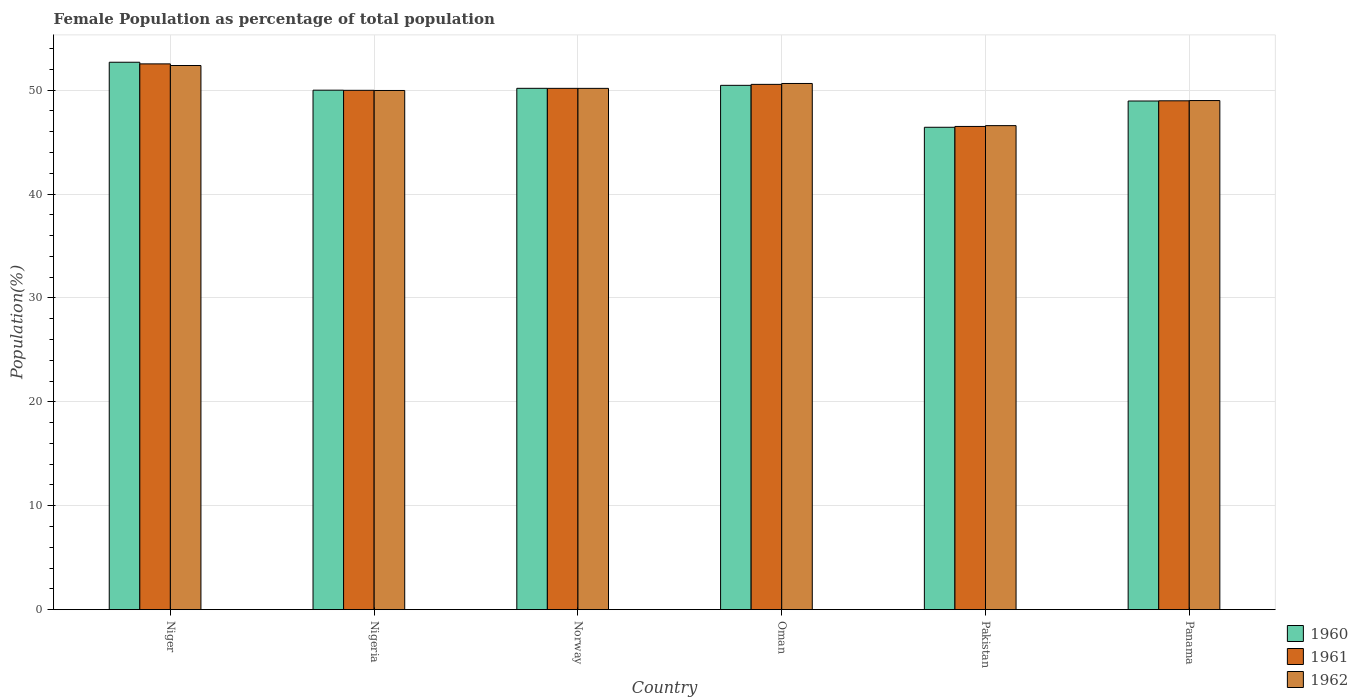
| Country | 1960 | 1961 | 1962 |
 | --- | --- | --- | --- |
 | Niger | 52.7 | 52.5 | 52.4 |
 | Nigeria | 50 | 50 | 50 |
 | Norway | 50.2 | 50.2 | 50.2 |
 | Oman | 50.5 | 50.6 | 50.6 |
 | Pakistan | 46.4 | 46.5 | 46.6 |
 | Panama | 49 | 49 | 49 |